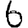
Digit: 6